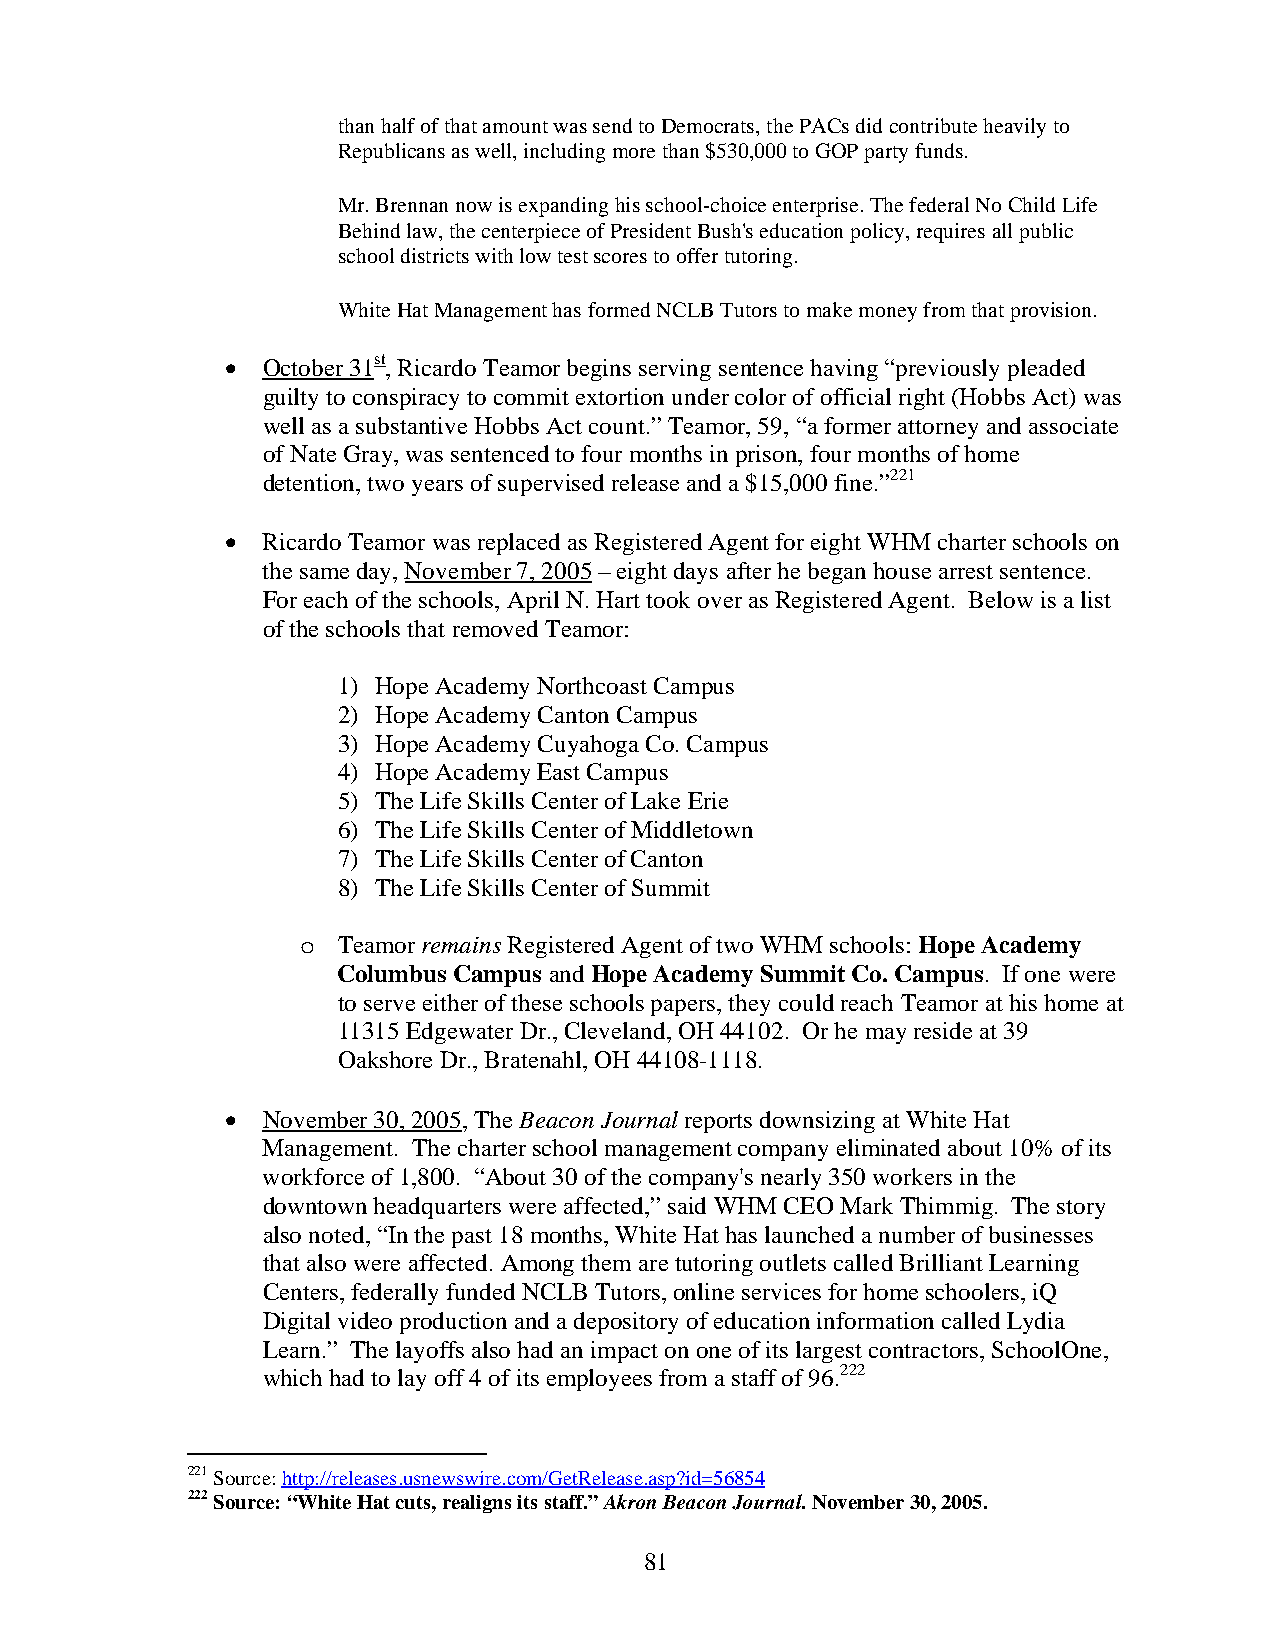
than half of that amount was send to Democrats, the PACs did contribute heavily to
 Republicans as well, including more than $530,000 to GOP party funds.
 Mr. Brennan now is expanding his school-choice enterprise. The federal No Child Life
 Behind law, the centerpiece of President Bush's education policy, requires all public
 school districts with low test scores to offer tutoring.
 White Hat Management has formed NCLB Tutors to make money from that provision.
 • October 31st, Ricardo Teamor begins serving sentence having “previously pleaded
 guilty to conspiracy to commit extortion under color of official right (Hobbs Act) was
 well as a substantive Hobbs Act count.” Teamor, 59, “a former attorney and associate
 of Nate Gray, was sentenced to four months in prison, four months of home
 detention, two years of supervised release and a $15,000 fine.”221
 • Ricardo Teamor was replaced as Registered Agent for eight WHM charter schools on
 the same day, November 7, 2005 – eight days after he began house arrest sentence.
 For each of the schools, April N. Hart took over as Registered Agent. Below is a list
 of the schools that removed Teamor:
 1) Hope Academy Northcoast Campus
 2) Hope Academy Canton Campus
 3) Hope Academy Cuyahoga Co. Campus
 4) Hope Academy East Campus
 5) The Life Skills Center of Lake Erie
 6) The Life Skills Center of Middletown
 7) The Life Skills Center of Canton
 8) The Life Skills Center of Summit
 o Teamor remains Registered Agent of two WHM schools: Hope Academy
 Columbus Campus and Hope Academy Summit Co. Campus. If one were
 to serve either of these schools papers, they could reach Teamor at his home at
 11315 Edgewater Dr., Cleveland, OH 44102. Or he may reside at 39
 Oakshore Dr., Bratenahl, OH 44108-1118.
 • November 30, 2005, The Beacon Journal reports downsizing at White Hat
 Management. The charter school management company eliminated about 10% of its
 workforce of 1,800. “About 30 of the company's nearly 350 workers in the
 downtown headquarters were affected,” said WHM CEO Mark Thimmig. The story
 also noted, “In the past 18 months, White Hat has launched a number of businesses
 that also were affected. Among them are tutoring outlets called Brilliant Learning
 Centers, federally funded NCLB Tutors, online services for home schoolers, iQ
 Digital video production and a depository of education information called Lydia
 Learn.” The layoffs also had an impact on one of its largest contractors, SchoolOne,
 which had to lay off 4 of its employees from a staff of 96.222
 221 Source: http://releases.usnewswire.com/GetRelease.asp?id=56854
 222 Source: “White Hat cuts, realigns its staff.” Akron Beacon Journal. November 30, 2005.
 81